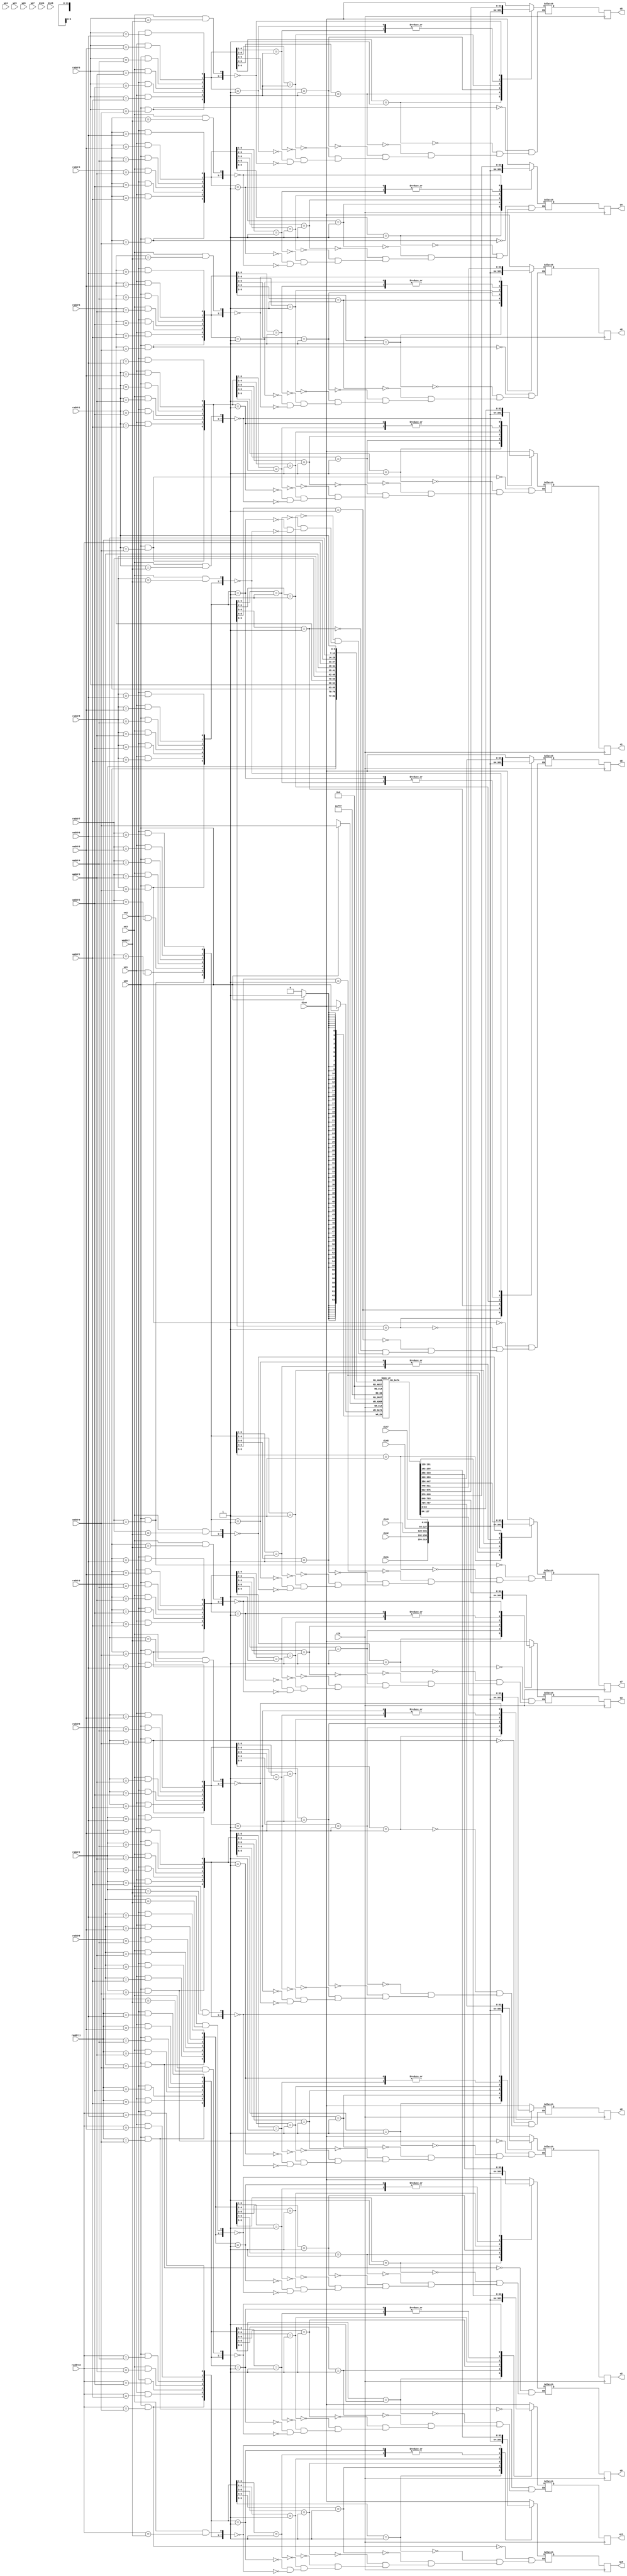
module regfile12r8w
    (input                    clk

     ,input [7-1:0]           waddr0
     ,input [7-1:0]           waddr1
     ,input [7-1:0]           waddr2
     ,input [7-1:0]           waddr3
     ,input [7-1:0]           waddr4
     ,input [7-1:0]           waddr5
     ,input [7-1:0]           waddr6
     ,input [7-1:0]           waddr7

     ,input                   we0
     ,input                   we1
     ,input                   we2
     ,input                   we3
     ,input                   we4
     ,input                   we5
     ,input                   we6
     ,input                   we7

     ,input [64-1:0]          din0
     ,input [64-1:0]          din1
     ,input [64-1:0]          din2
     ,input [64-1:0]          din3
     ,input [64-1:0]          din4
     ,input [64-1:0]          din5
     ,input [64-1:0]          din6
     ,input [64-1:0]          din7

     ,input [7-1:0]           raddr0
     ,input [7-1:0]           raddr1
     ,input [7-1:0]           raddr2
     ,input [7-1:0]           raddr3
     ,input [7-1:0]           raddr4
     ,input [7-1:0]           raddr5
     ,input [7-1:0]           raddr6
     ,input [7-1:0]           raddr7
     ,input [7-1:0]           raddr8
     ,input [7-1:0]           raddr9
     ,input [7-1:0]           raddr10
     ,input [7-1:0]           raddr11

     ,output [64-1:0]         q0
     ,output [64-1:0]         q1
     ,output [64-1:0]         q2
     ,output [64-1:0]         q3
     ,output [64-1:0]         q4
     ,output [64-1:0]         q5
     ,output [64-1:0]         q6
     ,output [64-1:0]         q7
     ,output [64-1:0]         q8
     ,output [64-1:0]         q9
     ,output [64-1:0]         q10
     ,output [64-1:0]         q11

     );

   reg [64-1:0]                      rf[128-1:0]; // synthesis syn_ramstyle = "block_ram"

   reg [64-1:0] q0_next;
   reg [64-1:0] q1_next;
   reg [64-1:0] q2_next;
   reg [64-1:0] q3_next;
   reg [64-1:0] q4_next;
   reg [64-1:0] q5_next;
   reg [64-1:0] q6_next;
   reg [64-1:0] q7_next;
   reg [64-1:0] q8_next;
   reg [64-1:0] q9_next;
   reg [64-1:0] q10_next;
   reg [64-1:0] q11_next;

   always @(*) begin
     casez({(we0 && raddr0 == waddr0) ,(we1 && raddr0 == waddr1) ,(we2 && raddr0 == waddr2) ,(we3 && raddr0 == waddr3),
            (we0 && raddr0 == waddr4) ,(we1 && raddr0 == waddr5) ,(we2 && raddr0 == waddr6) ,(we3 && raddr0 == waddr7)}) // Synopsys full_case parallel_case
       8'b1???????: q0_next = din0;
       8'b01??????: q0_next = din1;
       8'b001?????: q0_next = din2;
       8'b0001????: q0_next = din3;
       8'b0001????: q0_next = din4;
       8'b00001???: q0_next = din5;
       8'b000001??: q0_next = din7;
       8'b0000001?: q0_next = din7;
       8'b00000000: q0_next = rf[raddr0];
     endcase
   end
   always @(*) begin
     casez({(we0 && raddr1 == waddr0) ,(we1 && raddr1 == waddr1) ,(we2 && raddr1 == waddr2) ,(we3 && raddr1 == waddr3),
            (we0 && raddr1 == waddr4) ,(we1 && raddr1 == waddr5) ,(we2 && raddr1 == waddr6) ,(we3 && raddr1 == waddr7)}) // Synopsys full_case parallel_case
       8'b1???????: q1_next = din0;
       8'b01??????: q1_next = din1;
       8'b001?????: q1_next = din2;
       8'b0001????: q1_next = din3;
       8'b0001????: q1_next = din4;
       8'b00001???: q1_next = din5;
       8'b000001??: q1_next = din7;
       8'b0000001?: q1_next = din7;
       8'b00000000: q1_next = rf[raddr1];
     endcase
   end
   always @(*) begin
     casez({(we0 && raddr2 == waddr0) ,(we1 && raddr2 == waddr1) ,(we2 && raddr2 == waddr2) ,(we3 && raddr2 == waddr3),
            (we0 && raddr2 == waddr4) ,(we1 && raddr2 == waddr5) ,(we2 && raddr2 == waddr6) ,(we3 && raddr2 == waddr7)}) // Synopsys full_case parallel_case
       8'b1???????: q2_next = din0;
       8'b01??????: q2_next = din1;
       8'b001?????: q2_next = din2;
       8'b0001????: q2_next = din3;
       8'b0001????: q2_next = din4;
       8'b00001???: q2_next = din5;
       8'b000001??: q2_next = din7;
       8'b0000001?: q2_next = din7;
       8'b00000000: q2_next = rf[raddr2];
     endcase
   end
   always @(*) begin
     casez({(we0 && raddr3 == waddr0) ,(we1 && raddr3 == waddr1) ,(we2 && raddr3 == waddr2) ,(we3 && raddr3 == waddr3),
            (we0 && raddr3 == waddr4) ,(we1 && raddr3 == waddr5) ,(we2 && raddr3 == waddr6) ,(we3 && raddr3 == waddr7)}) // Synopsys full_case parallel_case
       8'b1???????: q3_next = din0;
       8'b01??????: q3_next = din1;
       8'b001?????: q3_next = din2;
       8'b0001????: q3_next = din3;
       8'b0001????: q3_next = din4;
       8'b00001???: q3_next = din5;
       8'b000001??: q3_next = din7;
       8'b0000001?: q3_next = din7;
       8'b00000000: q3_next = rf[raddr3];
     endcase
   end
   always @(*) begin
     casez({(we0 && raddr4 == waddr0) ,(we1 && raddr4 == waddr1) ,(we2 && raddr4 == waddr2) ,(we3 && raddr4 == waddr3),
            (we0 && raddr4 == waddr4) ,(we1 && raddr4 == waddr5) ,(we2 && raddr4 == waddr6) ,(we3 && raddr4 == waddr7)}) // Synopsys full_case parallel_case
       8'b1???????: q4_next = din0;
       8'b01??????: q4_next = din1;
       8'b001?????: q4_next = din2;
       8'b0001????: q4_next = din3;
       8'b0001????: q4_next = din4;
       8'b00001???: q4_next = din5;
       8'b000001??: q4_next = din7;
       8'b0000001?: q4_next = din7;
       8'b00000000: q4_next = rf[raddr4];
     endcase
   end
   always @(*) begin
     casez({(we0 && raddr5 == waddr0) ,(we1 && raddr5 == waddr1) ,(we2 && raddr5 == waddr2) ,(we3 && raddr5 == waddr3),
            (we0 && raddr5 == waddr4) ,(we1 && raddr5 == waddr5) ,(we2 && raddr5 == waddr6) ,(we3 && raddr5 == waddr7)}) // Synopsys full_case parallel_case
       8'b1???????: q5_next = din0;
       8'b01??????: q5_next = din1;
       8'b001?????: q5_next = din2;
       8'b0001????: q5_next = din3;
       8'b0001????: q5_next = din4;
       8'b00001???: q5_next = din5;
       8'b000001??: q5_next = din7;
       8'b0000001?: q5_next = din7;
       8'b00000000: q5_next = rf[raddr5];
     endcase
   end
   always @(*) begin
     casez({(we0 && raddr6 == waddr0) ,(we1 && raddr6 == waddr1) ,(we2 && raddr6 == waddr2) ,(we3 && raddr6 == waddr3),
            (we0 && raddr6 == waddr4) ,(we1 && raddr6 == waddr5) ,(we2 && raddr6 == waddr6) ,(we3 && raddr6 == waddr7)}) // Synopsys full_case parallel_case
       8'b1???????: q6_next = din0;
       8'b01??????: q6_next = din1;
       8'b001?????: q6_next = din2;
       8'b0001????: q6_next = din3;
       8'b0001????: q6_next = din4;
       8'b00001???: q6_next = din5;
       8'b000001??: q6_next = din7;
       8'b0000001?: q6_next = din7;
       8'b00000000: q6_next = rf[raddr6];
     endcase
   end
   always @(*) begin
     casez({(we0 && raddr7 == waddr0) ,(we1 && raddr7 == waddr1) ,(we2 && raddr7 == waddr2) ,(we3 && raddr7 == waddr3),
            (we0 && raddr7 == waddr4) ,(we1 && raddr7 == waddr5) ,(we2 && raddr7 == waddr6) ,(we3 && raddr7 == waddr7)}) // Synopsys full_case parallel_case
       8'b1???????: q7_next = din0;
       8'b01??????: q7_next = din1;
       8'b001?????: q7_next = din2;
       8'b0001????: q7_next = din3;
       8'b0001????: q7_next = din4;
       8'b00001???: q7_next = din5;
       8'b000001??: q7_next = din7;
       8'b0000001?: q7_next = din7;
       8'b00000000: q7_next = rf[raddr7];
     endcase
   end
   always @(*) begin
     casez({(we0 && raddr8 == waddr0) ,(we1 && raddr8 == waddr1) ,(we2 && raddr8 == waddr2) ,(we3 && raddr8 == waddr3),
            (we0 && raddr8 == waddr4) ,(we1 && raddr8 == waddr5) ,(we2 && raddr8 == waddr6) ,(we3 && raddr8 == waddr7)}) // Synopsys full_case parallel_case
       8'b1???????: q8_next = din0;
       8'b01??????: q8_next = din1;
       8'b001?????: q8_next = din2;
       8'b0001????: q8_next = din3;
       8'b0001????: q8_next = din4;
       8'b00001???: q8_next = din5;
       8'b000001??: q8_next = din7;
       8'b0000001?: q8_next = din7;
       8'b00000000: q8_next = rf[raddr8];
     endcase
   end
   always @(*) begin
     casez({(we0 && raddr9 == waddr0) ,(we1 && raddr9 == waddr1) ,(we2 && raddr9 == waddr2) ,(we3 && raddr9 == waddr3),
            (we0 && raddr9 == waddr4) ,(we1 && raddr9 == waddr5) ,(we2 && raddr9 == waddr6) ,(we3 && raddr9 == waddr7)}) // Synopsys full_case parallel_case
       8'b1???????: q9_next = din0;
       8'b01??????: q9_next = din1;
       8'b001?????: q9_next = din2;
       8'b0001????: q9_next = din3;
       8'b0001????: q9_next = din4;
       8'b00001???: q9_next = din5;
       8'b000001??: q9_next = din7;
       8'b0000001?: q9_next = din7;
       8'b00000000: q9_next = rf[raddr9];
     endcase
   end
   always @(*) begin
     casez({(we0 && raddr10 == waddr0) ,(we1 && raddr10 == waddr1) ,(we2 && raddr10 == waddr2) ,(we3 && raddr10 == waddr3),
            (we0 && raddr10 == waddr4) ,(we1 && raddr10 == waddr5) ,(we2 && raddr10 == waddr6) ,(we3 && raddr10 == waddr7)}) // Synopsys full_case parallel_case
       8'b1???????: q10_next = din0;
       8'b01??????: q10_next = din1;
       8'b001?????: q10_next = din2;
       8'b0001????: q10_next = din3;
       8'b0001????: q10_next = din4;
       8'b00001???: q10_next = din5;
       8'b000001??: q10_next = din7;
       8'b0000001?: q10_next = din7;
       8'b00000000: q10_next = rf[raddr10];
     endcase
   end
   always @(*) begin
     casez({(we0 && raddr11 == waddr0) ,(we1 && raddr11 == waddr1) ,(we2 && raddr11 == waddr2) ,(we3 && raddr11 == waddr3),
            (we0 && raddr11 == waddr4) ,(we1 && raddr11 == waddr5) ,(we2 && raddr11 == waddr6) ,(we3 && raddr11 == waddr7)}) // Synopsys full_case parallel_case
       8'b1???????: q11_next = din0;
       8'b01??????: q11_next = din1;
       8'b001?????: q11_next = din2;
       8'b0001????: q11_next = din3;
       8'b0001????: q11_next = din4;
       8'b00001???: q11_next = din5;
       8'b000001??: q11_next = din7;
       8'b0000001?: q11_next = din7;
       8'b00000000: q11_next = rf[raddr11];
     endcase
   end

   always @(posedge clk) begin
     q0 <= q0_next;
     q1 <= q1_next;
     q2 <= q2_next;
     q3 <= q3_next;
     q4 <= q4_next;
     q5 <= q5_next;
     q6 <= q6_next;
     q7 <= q7_next;
     q8 <= q8_next;
     q9 <= q9_next;
     q10 <= q10_next;
     q11 <= q11_next;
   end

   always @(posedge clk) begin
     if (we0) begin
       rf[waddr0] <= din0;
     end
   end

endmodule